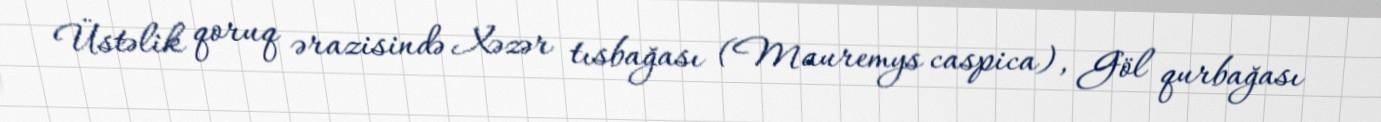
Üstəlik qoruq ərazisində Xəzər tısbağası (Mauremys caspica), Göl qurbağası